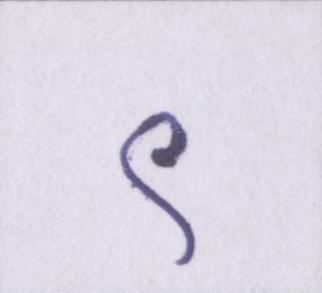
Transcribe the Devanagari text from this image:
९